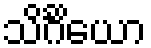
သိင်္ဂိယော